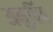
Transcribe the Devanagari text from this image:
अनुविंब